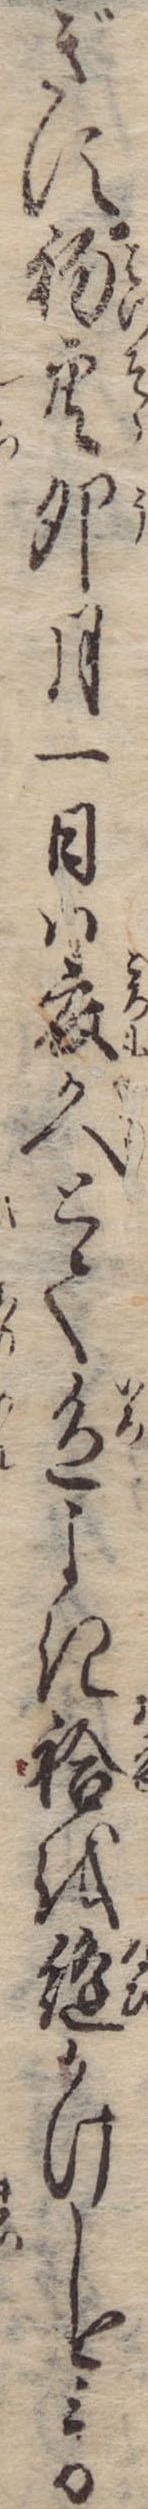
ぎす初空卯月一日は衣かへとて色よき袷を縫かけしをみる